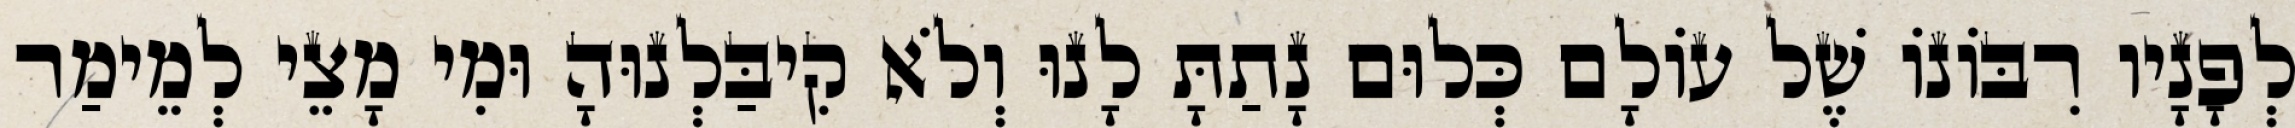
לְפָנָיו רִבּוֹנוֹ שֶׁל עוֹלָם כְּלוּם נָתַתָּ לָנוּ וְלֹא קִיבַּלְנוּהָ וּמִי מָצֵי לְמֵימַר